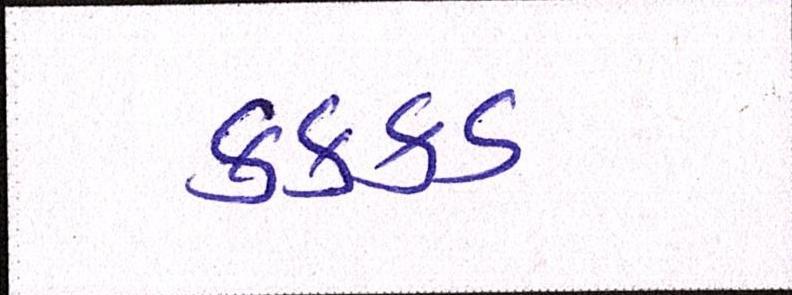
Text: કક્કડ